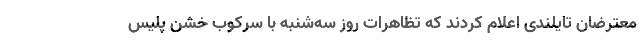
معترضان تایلندی اعلام کردند که تظاهرات روز سه‌شنبه با سرکوب خشن پلیس